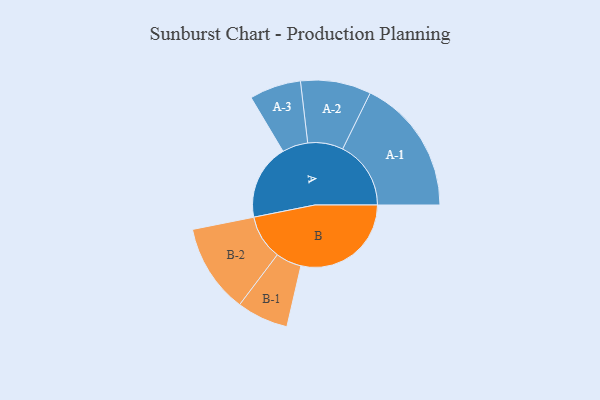
{"axis": {"x": "Segment", "y": "Value"}, "legend": ["", "A", "B"], "data": [{"x": "A", "y": 325, "type": ""}, {"x": "B", "y": 475, "type": ""}, {"x": "A-1", "y": 294, "type": "A"}, {"x": "A-2", "y": 152, "type": "A"}, {"x": "A-3", "y": 111, "type": "A"}, {"x": "B-1", "y": 111, "type": "B"}, {"x": "B-2", "y": 192, "type": "B"}]}